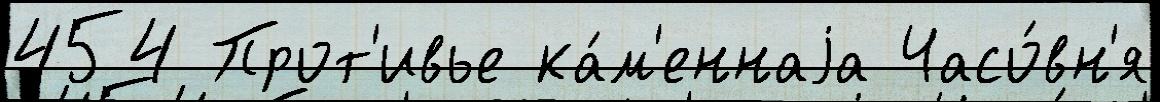
454 Прот'ивье ка́м'еннаjа Часо́вн'я